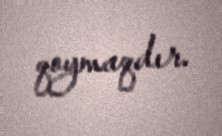
qoymaqdır.